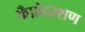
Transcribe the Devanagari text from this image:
कँफ़ेदरशण